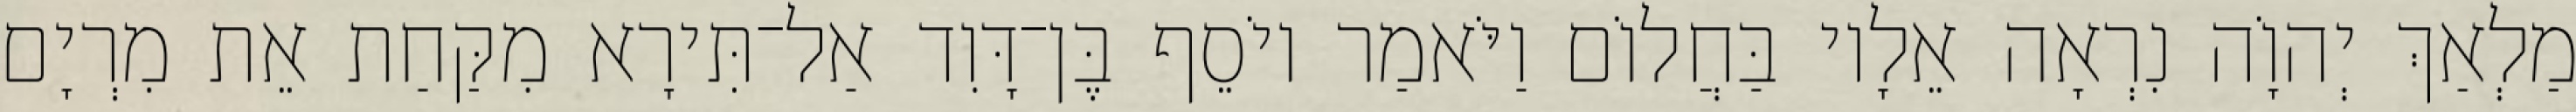
מַלְאַךְ יְהוָֹה נִרְאָה אֵלָיו בַּחֲלוֹם וַיֹּאמַר יוֹסֵף בֶּן־דָּוִד אַל־תִּירָא מִקַּחַת אֵת מִרְיָם